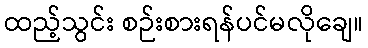
ထည့်သွင်း စဉ်းစားရန်ပင်မလိုချေ။